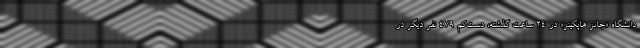
دانشگاه «جانز هاپکینز»‌ در ۲۴ ساعت گذشته، دست‌کم ۴۷۹ نفر دیگر در